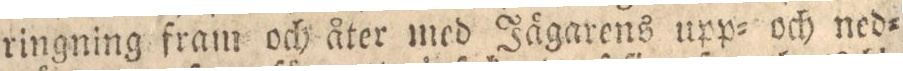
ringning fram och åter med Jägarens upp= och ned=